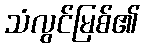
သံလွင်မြစ်၏